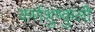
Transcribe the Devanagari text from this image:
कर्णशुष्कुली